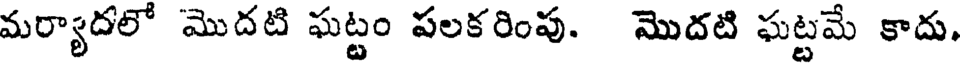
మర్యాదలో మొదటి ఘట్టం పలకరింపు. మొదటి ఘట్టమే కాదు.